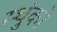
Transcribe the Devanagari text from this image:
स्थुंको